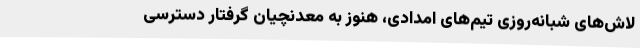
لاش‌های شبانه‌روزی تیم‌های امدادی، هنوز به معدنچیان گرفتار دسترسی